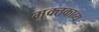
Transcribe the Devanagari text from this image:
मुक्तकाव्य